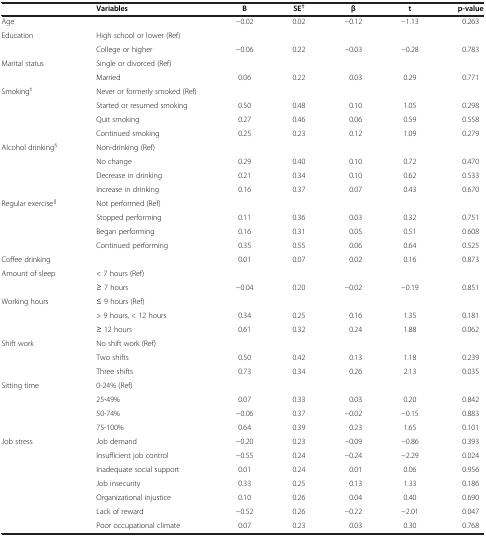
<table><thead><tr><td>[EMPTY_CELL]</td><td><b>Variables</b></td><td><b>B</b></td><td><b>SE<sup>†</sup></b></td><td><b>β</b></td><td><b>t</b></td><td><b>p-value</b></td></tr></thead><tbody><tr><td>Age</td><td>[EMPTY_CELL]</td><td>−0.02</td><td>0.02</td><td>−0.12</td><td>−1.13</td><td>0.263</td></tr><tr><td>Education</td><td>High school or lower (Ref)</td><td>[EMPTY_CELL]</td><td>[EMPTY_CELL]</td><td>[EMPTY_CELL]</td><td>[EMPTY_CELL]</td><td>[EMPTY_CELL]</td></tr><tr><td>[EMPTY_CELL]</td><td>College or higher</td><td>−0.06</td><td>0.22</td><td>−0.03</td><td>−0.28</td><td>0.783</td></tr><tr><td>Marital status</td><td>Single or divorced (Ref)</td><td>[EMPTY_CELL]</td><td>[EMPTY_CELL]</td><td>[EMPTY_CELL]</td><td>[EMPTY_CELL]</td><td>[EMPTY_CELL]</td></tr><tr><td>[EMPTY_CELL]</td><td>Married</td><td>0.06</td><td>0.22</td><td>0.03</td><td>0.29</td><td>0.771</td></tr><tr><td>Smoking<sup>‡</sup></td><td>Never or formerly smoked (Ref)</td><td>[EMPTY_CELL]</td><td>[EMPTY_CELL]</td><td>[EMPTY_CELL]</td><td>[EMPTY_CELL]</td><td>[EMPTY_CELL]</td></tr><tr><td>[EMPTY_CELL]</td><td>Started or resumed smoking</td><td>0.50</td><td>0.48</td><td>0.10</td><td>1.05</td><td>0.298</td></tr><tr><td>[EMPTY_CELL]</td><td>Quit smoking</td><td>0.27</td><td>0.46</td><td>0.06</td><td>0.59</td><td>0.558</td></tr><tr><td>[EMPTY_CELL]</td><td>Continued smoking</td><td>0.25</td><td>0.23</td><td>0.12</td><td>1.09</td><td>0.279</td></tr><tr><td>Alcohol drinking<sup>§</sup></td><td>Non-drinking (Ref)</td><td>[EMPTY_CELL]</td><td>[EMPTY_CELL]</td><td>[EMPTY_CELL]</td><td>[EMPTY_CELL]</td><td>[EMPTY_CELL]</td></tr><tr><td>[EMPTY_CELL]</td><td>No change</td><td>0.29</td><td>0.40</td><td>0.10</td><td>0.72</td><td>0.470</td></tr><tr><td>[EMPTY_CELL]</td><td>Decrease in drinking</td><td>0.21</td><td>0.34</td><td>0.10</td><td>0.62</td><td>0.533</td></tr><tr><td>[EMPTY_CELL]</td><td>Increase in drinking</td><td>0.16</td><td>0.37</td><td>0.07</td><td>0.43</td><td>0.670</td></tr><tr><td>Regular exercise<sup>∥</sup></td><td>Not performed (Ref)</td><td>[EMPTY_CELL]</td><td>[EMPTY_CELL]</td><td>[EMPTY_CELL]</td><td>[EMPTY_CELL]</td><td>[EMPTY_CELL]</td></tr><tr><td>[EMPTY_CELL]</td><td>Stopped performing</td><td>0.11</td><td>0.36</td><td>0.03</td><td>0.32</td><td>0.751</td></tr><tr><td>[EMPTY_CELL]</td><td>Began performing</td><td>0.16</td><td>0.31</td><td>0.05</td><td>0.51</td><td>0.608</td></tr><tr><td>[EMPTY_CELL]</td><td>Continued performing</td><td>0.35</td><td>0.55</td><td>0.06</td><td>0.64</td><td>0.525</td></tr><tr><td>Coffee drinking</td><td>[EMPTY_CELL]</td><td>0.01</td><td>0.07</td><td>0.02</td><td>0.16</td><td>0.873</td></tr><tr><td>Amount of sleep</td><td>&lt; 7 hours (Ref)</td><td>[EMPTY_CELL]</td><td>[EMPTY_CELL]</td><td>[EMPTY_CELL]</td><td>[EMPTY_CELL]</td><td>[EMPTY_CELL]</td></tr><tr><td>[EMPTY_CELL]</td><td>≥ 7 hours</td><td>−0.04</td><td>0.20</td><td>−0.02</td><td>−0.19</td><td>0.851</td></tr><tr><td>Working hours</td><td>≤ 9 hours (Ref)</td><td>[EMPTY_CELL]</td><td>[EMPTY_CELL]</td><td>[EMPTY_CELL]</td><td>[EMPTY_CELL]</td><td>[EMPTY_CELL]</td></tr><tr><td>[EMPTY_CELL]</td><td>&gt; 9 hours, &lt; 12 hours</td><td>0.34</td><td>0.25</td><td>0.16</td><td>1.35</td><td>0.181</td></tr><tr><td>[EMPTY_CELL]</td><td>≥ 12 hours</td><td>0.61</td><td>0.32</td><td>0.24</td><td>1.88</td><td>0.062</td></tr><tr><td>Shift work</td><td>No shift work (Ref)</td><td>[EMPTY_CELL]</td><td>[EMPTY_CELL]</td><td>[EMPTY_CELL]</td><td>[EMPTY_CELL]</td><td>[EMPTY_CELL]</td></tr><tr><td>[EMPTY_CELL]</td><td>Two shifts</td><td>0.50</td><td>0.42</td><td>0.13</td><td>1.18</td><td>0.239</td></tr><tr><td>[EMPTY_CELL]</td><td>Three shifts</td><td>0.73</td><td>0.34</td><td>0.26</td><td>2.13</td><td>0.035</td></tr><tr><td>Sitting time</td><td>0-24% (Ref)</td><td>[EMPTY_CELL]</td><td>[EMPTY_CELL]</td><td>[EMPTY_CELL]</td><td>[EMPTY_CELL]</td><td>[EMPTY_CELL]</td></tr><tr><td>[EMPTY_CELL]</td><td>25-49%</td><td>0.07</td><td>0.33</td><td>0.03</td><td>0.20</td><td>0.842</td></tr><tr><td>[EMPTY_CELL]</td><td>50-74%</td><td>−0.06</td><td>0.37</td><td>−0.02</td><td>−0.15</td><td>0.883</td></tr><tr><td>[EMPTY_CELL]</td><td>75-100%</td><td>0.64</td><td>0.39</td><td>0.23</td><td>1.65</td><td>0.101</td></tr><tr><td>Job stress</td><td>Job demand</td><td>−0.20</td><td>0.23</td><td>−0.09</td><td>−0.86</td><td>0.393</td></tr><tr><td>[EMPTY_CELL]</td><td>Insufficient job control</td><td>−0.55</td><td>0.24</td><td>−0.24</td><td>−2.29</td><td>0.024</td></tr><tr><td>[EMPTY_CELL]</td><td>Inadequate social support</td><td>0.01</td><td>0.24</td><td>0.01</td><td>0.06</td><td>0.956</td></tr><tr><td>[EMPTY_CELL]</td><td>Job insecurity</td><td>0.33</td><td>0.25</td><td>0.13</td><td>1.33</td><td>0.186</td></tr><tr><td>[EMPTY_CELL]</td><td>Organizational injustice</td><td>0.10</td><td>0.26</td><td>0.04</td><td>0.40</td><td>0.690</td></tr><tr><td>[EMPTY_CELL]</td><td>Lack of reward</td><td>−0.52</td><td>0.26</td><td>−0.22</td><td>−2.01</td><td>0.047</td></tr><tr><td>[EMPTY_CELL]</td><td>Poor occupational climate</td><td>0.07</td><td>0.23</td><td>0.03</td><td>0.30</td><td>0.768</td></tr></tbody></table>